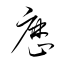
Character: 歴